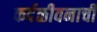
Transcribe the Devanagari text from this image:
कर्दळीवनाची